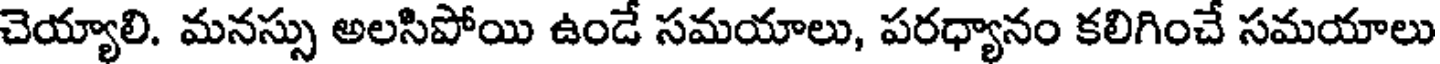
చెయ్యాలి. మనస్సు అలసిపోయి ఉండే సమయాలు, పరధ్యానం కలిగించే సమయాలు